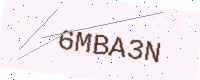
Text: 6MBA3N